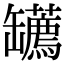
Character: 䍎